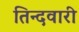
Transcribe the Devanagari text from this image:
तिन्‍दवारी